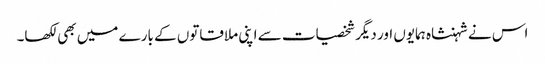
اس نے شہنشاہ ہمایوں اور دیگر شخصیات سے اپنی ملاقاتوں کے بارے میں بھی لکھا۔